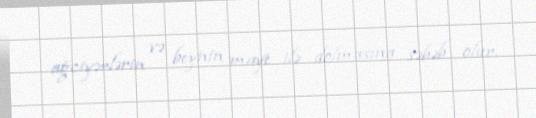
ağciyərlərin və beynin maye ilə dolmasına səbəb olur.